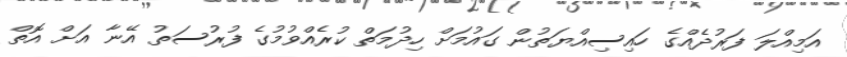
އަމިއްލަ ފަރުދެއްގެ ހައިސިއްޔަތުން ގައުމަށް ހިދުމަތް ކުރެއްވުމުގެ ފުރުސަތު އޭނާ އަށް އޮތް